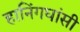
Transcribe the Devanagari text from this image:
हानिंगघांसी